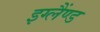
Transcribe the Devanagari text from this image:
इग्लैंण्ड